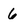
Character: 6